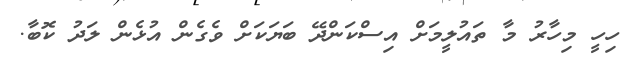
ހިހީ މިހާރު މާ ތައުލީމަށް އިސްކަންދޭ ބަޔަކަށް ވެގެން އުޅެން ލަދު ކޮބާ.